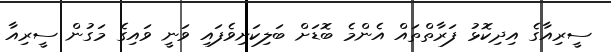
ސީރިއާގެ އިދިކޮޅު ފަރާތްތައް އެންމެ ބޮޑަށް ބަލިކަށިވެފައި ވަނީ ވައިގެ މަގުން ސީރިއާ